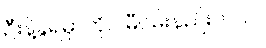
ဦးနဲ့ခွဲရမှာကိုပဲ မီဝမ်းနည်းတယ်။